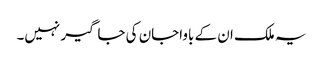
یہ ملک ان کے باواجان کی جاگیر نہیں۔